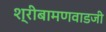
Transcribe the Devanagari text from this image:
श्रीबामणवाडजी